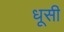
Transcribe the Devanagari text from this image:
धूसी